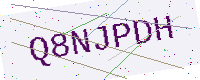
Text: Q8NJPDH